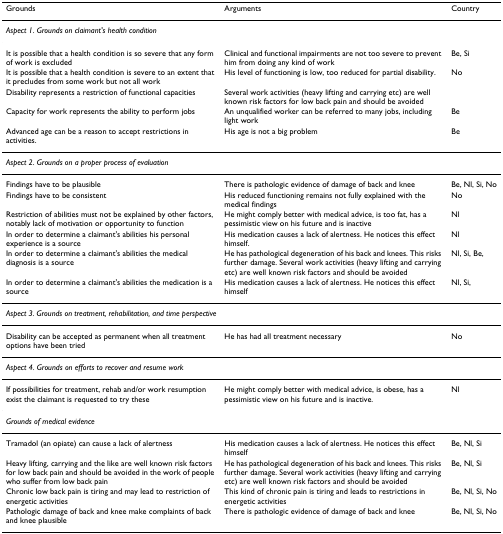
| Grounds | Arguments | Country |
 | --- | --- | --- |
 | Aspect 1. Grounds on claimant's health condition |  |  |
 | It is possible that a health condition is so severe that any form of work is excluded | Clinical and functional impairments are not too severe to prevent him from doing any kind of work | Be, Si |
 | It is possible that a health condition is severe to an extent that it precludes from some work but not all work | His level of functioning is low, too reduced for partial disability. | No |
 | Disability represents a restriction of functional capacities | Several work activities (heavy lifting and carrying etc) are well known risk factors for low back pain and should be avoided |  |
 | Capacity for work represents the ability to perform jobs | An unqualified worker can be referred to many jobs, including light work | Be |
 | Advanced age can be a reason to accept restrictions in activities. | His age is not a big problem | Be |
 | Aspect 2. Grounds on a proper process of evaluation |  |  |
 | Findings have to be plausible | There is pathologic evidence of damage of back and knee | Be, Nl, Si, No |
 | Findings have to be consistent | His reduced functioning remains not fully explained with the medical findings | No |
 | Restriction of abilities must not be explained by other factors, notably lack of motivation or opportunity to function | He might comply better with medical advice, is too fat, has a pessimistic view on his future and is inactive | Nl |
 | In order to determine a claimant's abilities his personal experience is a source | His medication causes a lack of alertness. He notices this effect himself. | Nl |
 | In order to determine a claimant's abilities the medical diagnosis is a source | He has pathological degeneration of his back and knees. This risks further damage. Several work activities (heavy lifting and carrying etc) are well known risk factors and should be avoided | Nl, Si, Be, |
 | In order to determine a claimant's abilities the medication is a source | His medication causes a lack of alertness. He notices this effect himself | Nl, Si, |
 | Aspect 3. Grounds on treatment, rehabilitation, and time perspective |  |  |
 | Disability can be accepted as permanent when all treatment options have been tried | He has had all treatment necessary | No |
 | Aspect 4. Grounds on efforts to recover and resume work |  |  |
 | If possibilities for treatment, rehab and/or work resumption exist the claimant is requested to try these | He might comply better with medical advice, is obese, has a pessimistic view on his future and is inactive. | Nl |
 | Grounds of medical evidence |  |  |
 | Tramadol (an opiate) can cause a lack of alertness | His medication causes a lack of alertness. He notices this effect himself | Be, Nl, Si |
 | Heavy lifting, carrying and the like are well known risk factors for low back pain and should be avoided in the work of people who suffer from low back pain | He has pathological degeneration of his back and knees. This risks further damage. Several work activities (heavy lifting and carrying etc) are well known risk factors and should be avoided | Be, Nl, Si |
 | Chronic low back pain is tiring and may lead to restriction of energetic activities | This kind of chronic pain is tiring and leads to restrictions in energetic activities | Be, Nl, Si, No |
 | Pathologic damage of back and knee make complaints of back and knee plausible | There is pathologic evidence of damage of back and knee | Be, Nl, Si, No |